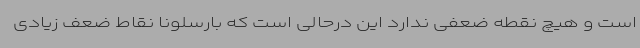
است و هیچ نقطه ضعفی ندارد این درحالی است که بارسلونا نقاط ضعف زیادی